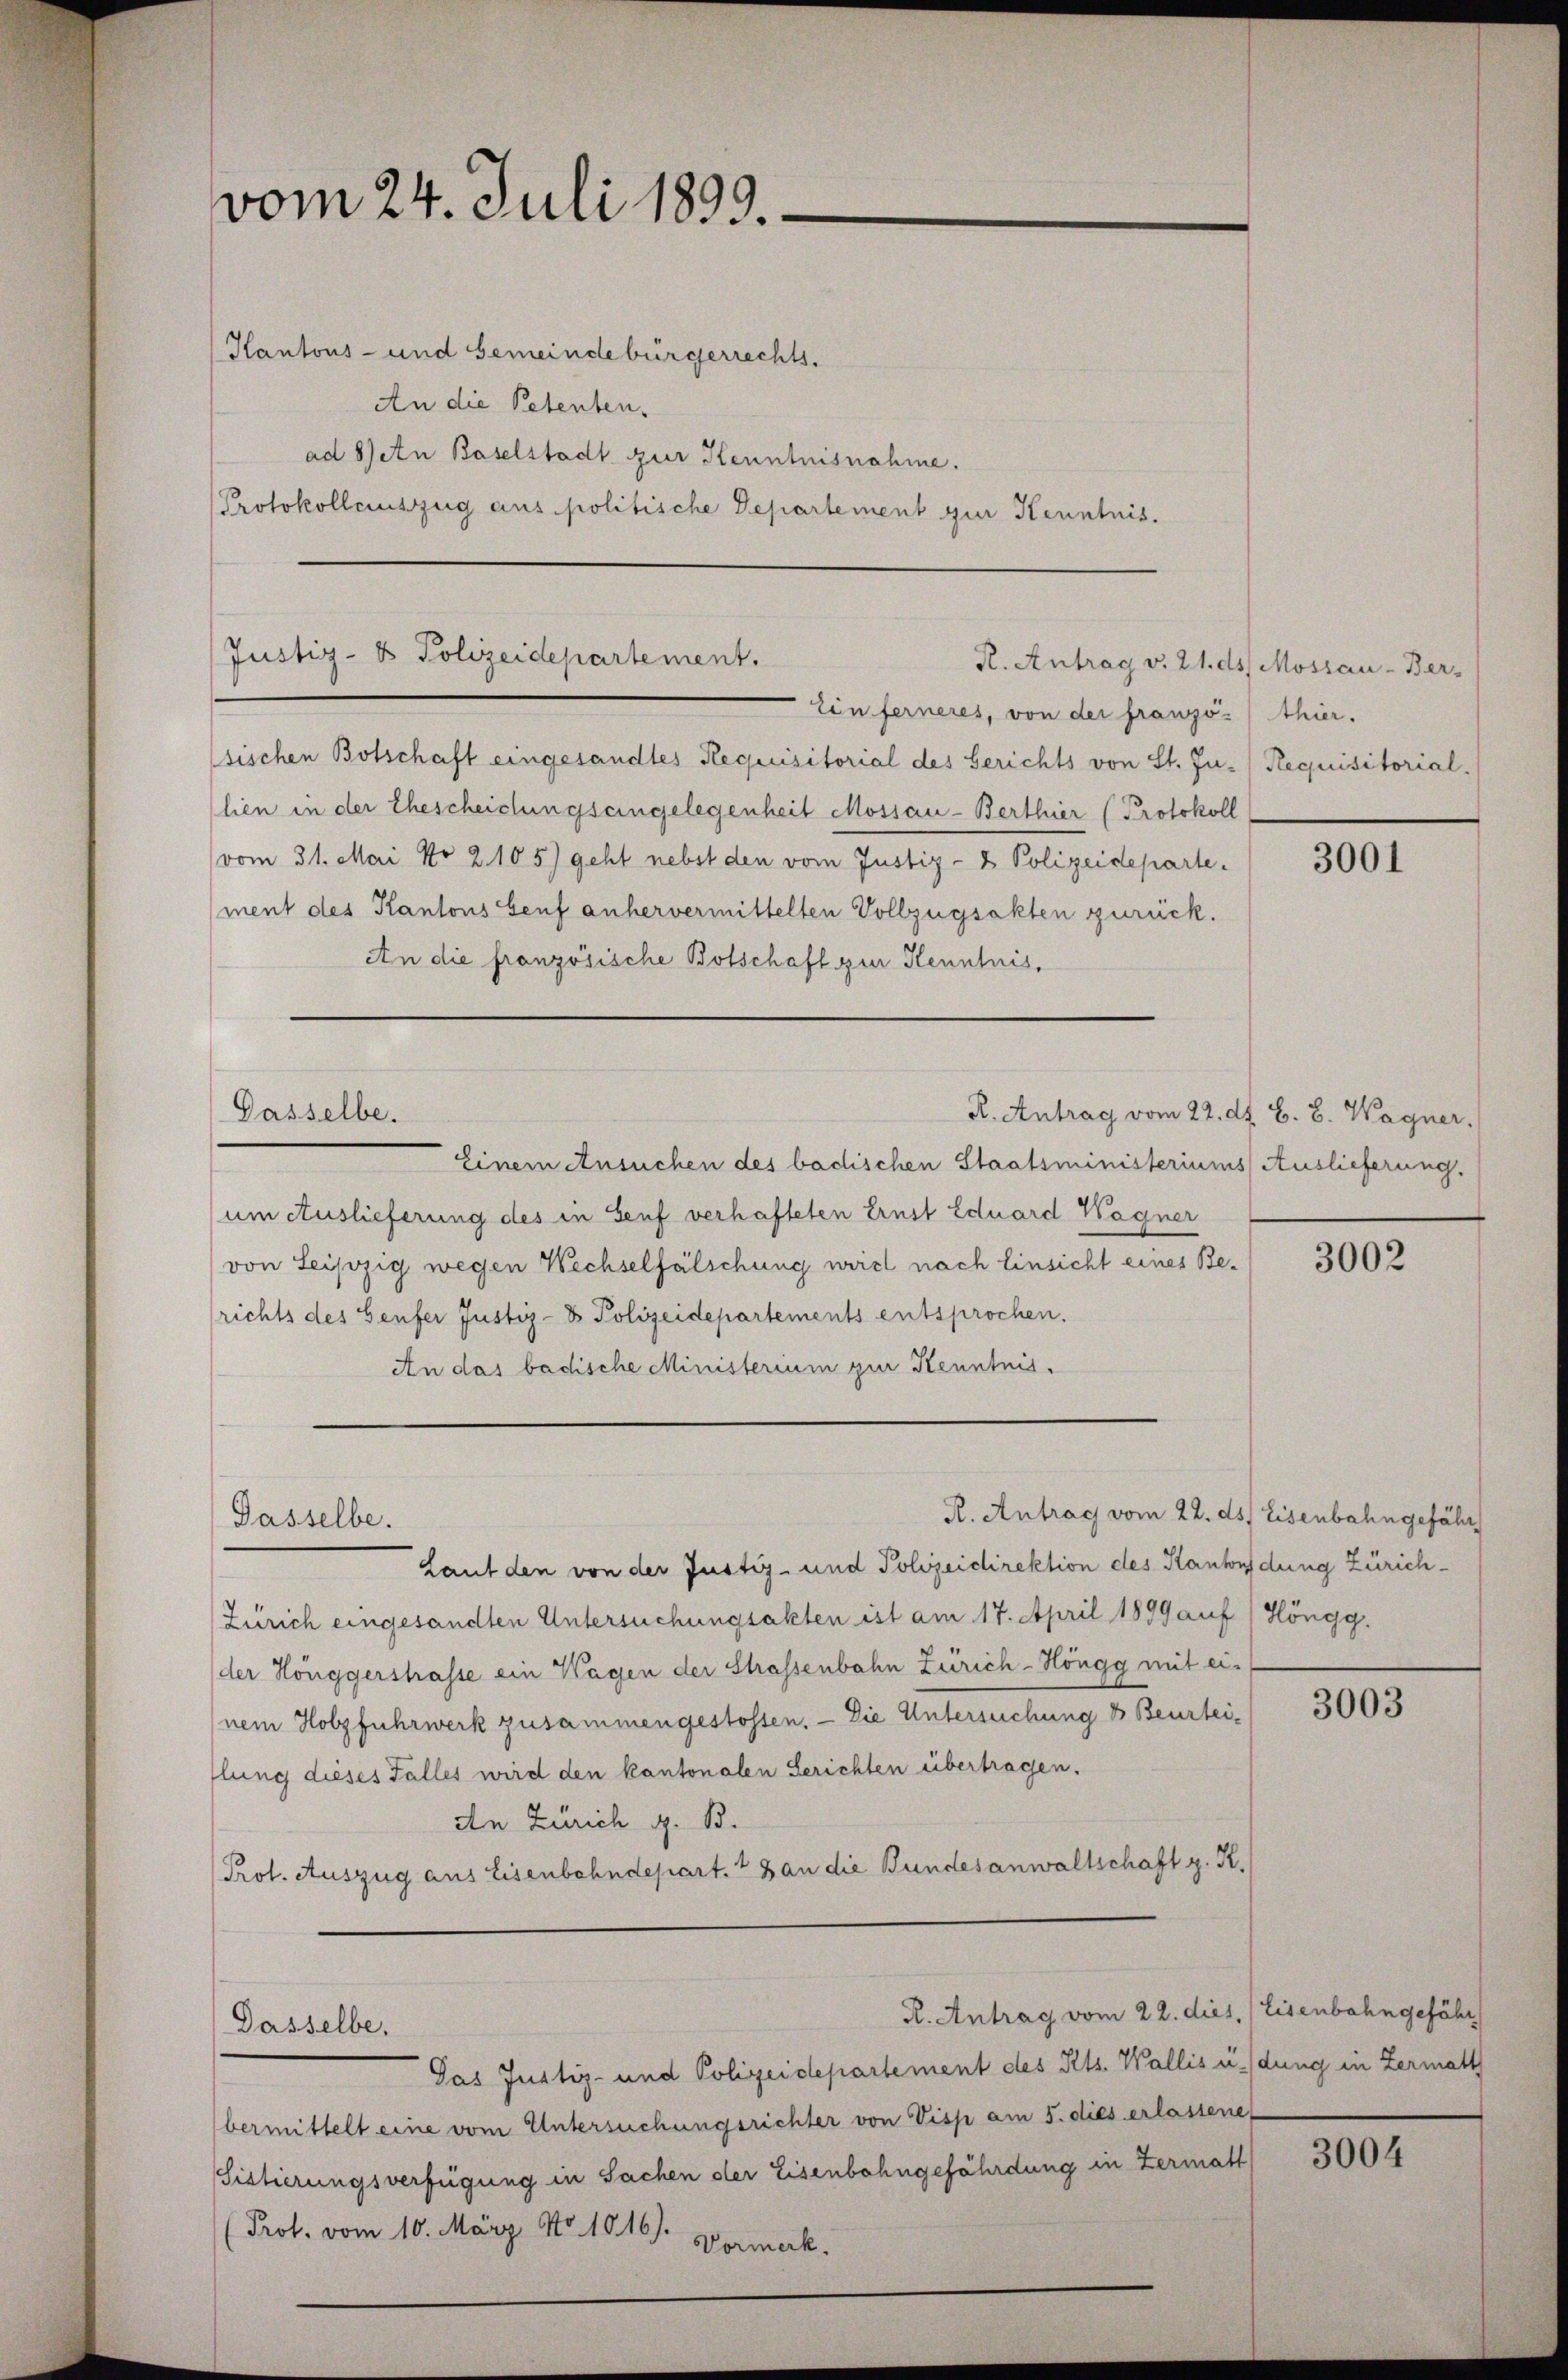
vom 24. Juli 1899.

Kantons- und Gemeindebürgerrechts.
An die Petenten.
ad b) an Baselstadt zur Kenntnisnahme.
Protokollauszug aus politische Departement zur Kenntnis.

Justiz- & Polizeidepartement.
R. Antrag v. 21. ds. Mossau-Ber-

sischen Botschaft eingesandtes Requisitorial des Gerichts von St. Ju- Requisitorial-
lien in der Ehescheidungseingelegenheit Mossau-Berthier (Protokoll
vom 31. Mai No 2105) geht nebst den vom Justiz- & Polizeidepartement des Kantons Senf anhervermittelten Vollzugsakten zurück.
An die französische Botschaft zur Kenntnis,
R. Antrag vom 22. dh. G. B. Wagner.
Gasselbe.
Einem Ansuchen des badischen Staatsministeriums Auslieferung.
um Auslieferung des in Genf verhafteten Ernst Eduard Wagner
von Leipzig wegen Wechselfälschung weich nach Einsicht eines Berichts des Genfer Justiz- & Polizeidepartements entsprochen.
An das badische Ministerium zur Kenntnis.

Dasselbe.

Dasselbe,

Ein ferneres, von der franzö-/ thier.

R. Antrag vom 22. ds. Eisenbahngefähr

R. Antrag vom 22. dies, Eisenbahngefähr

Laut den von der Justiz- und Polizeidirektion des Kantonsdung Zürich¬
Zürich eingesandten Untersuchungsakten ist am 17. April 1899 auf 1 Höngg.
der Hönggershasse ein Hagen der Strassenbahn Zürich - Höngg mit ei-
nem Holzfuhrwerk zusammengestossen. — Die Untersuchung & Beurteilung dieses Falles wird den kantonalen Gerichten übertragen.
An Zürich z. B.
Prot. Auszug aus Eisenbahndepart. 18 an die Bundesanwaltschaft z. K.

Das Justiz- und Polizeidepartement des Kts. Wallis indung in Zermatt
bermittelt eine vom Untersuchungsrichter von Visp am 5. dies erlassene
Sistierungsverfügung in Sachen der Eisenbahngefährdung in Zermatt
(Prot. vom 10. März No. 1816. Vormerk.

3001

3002

3003

3004